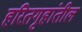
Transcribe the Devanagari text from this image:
हरितगृहांतील